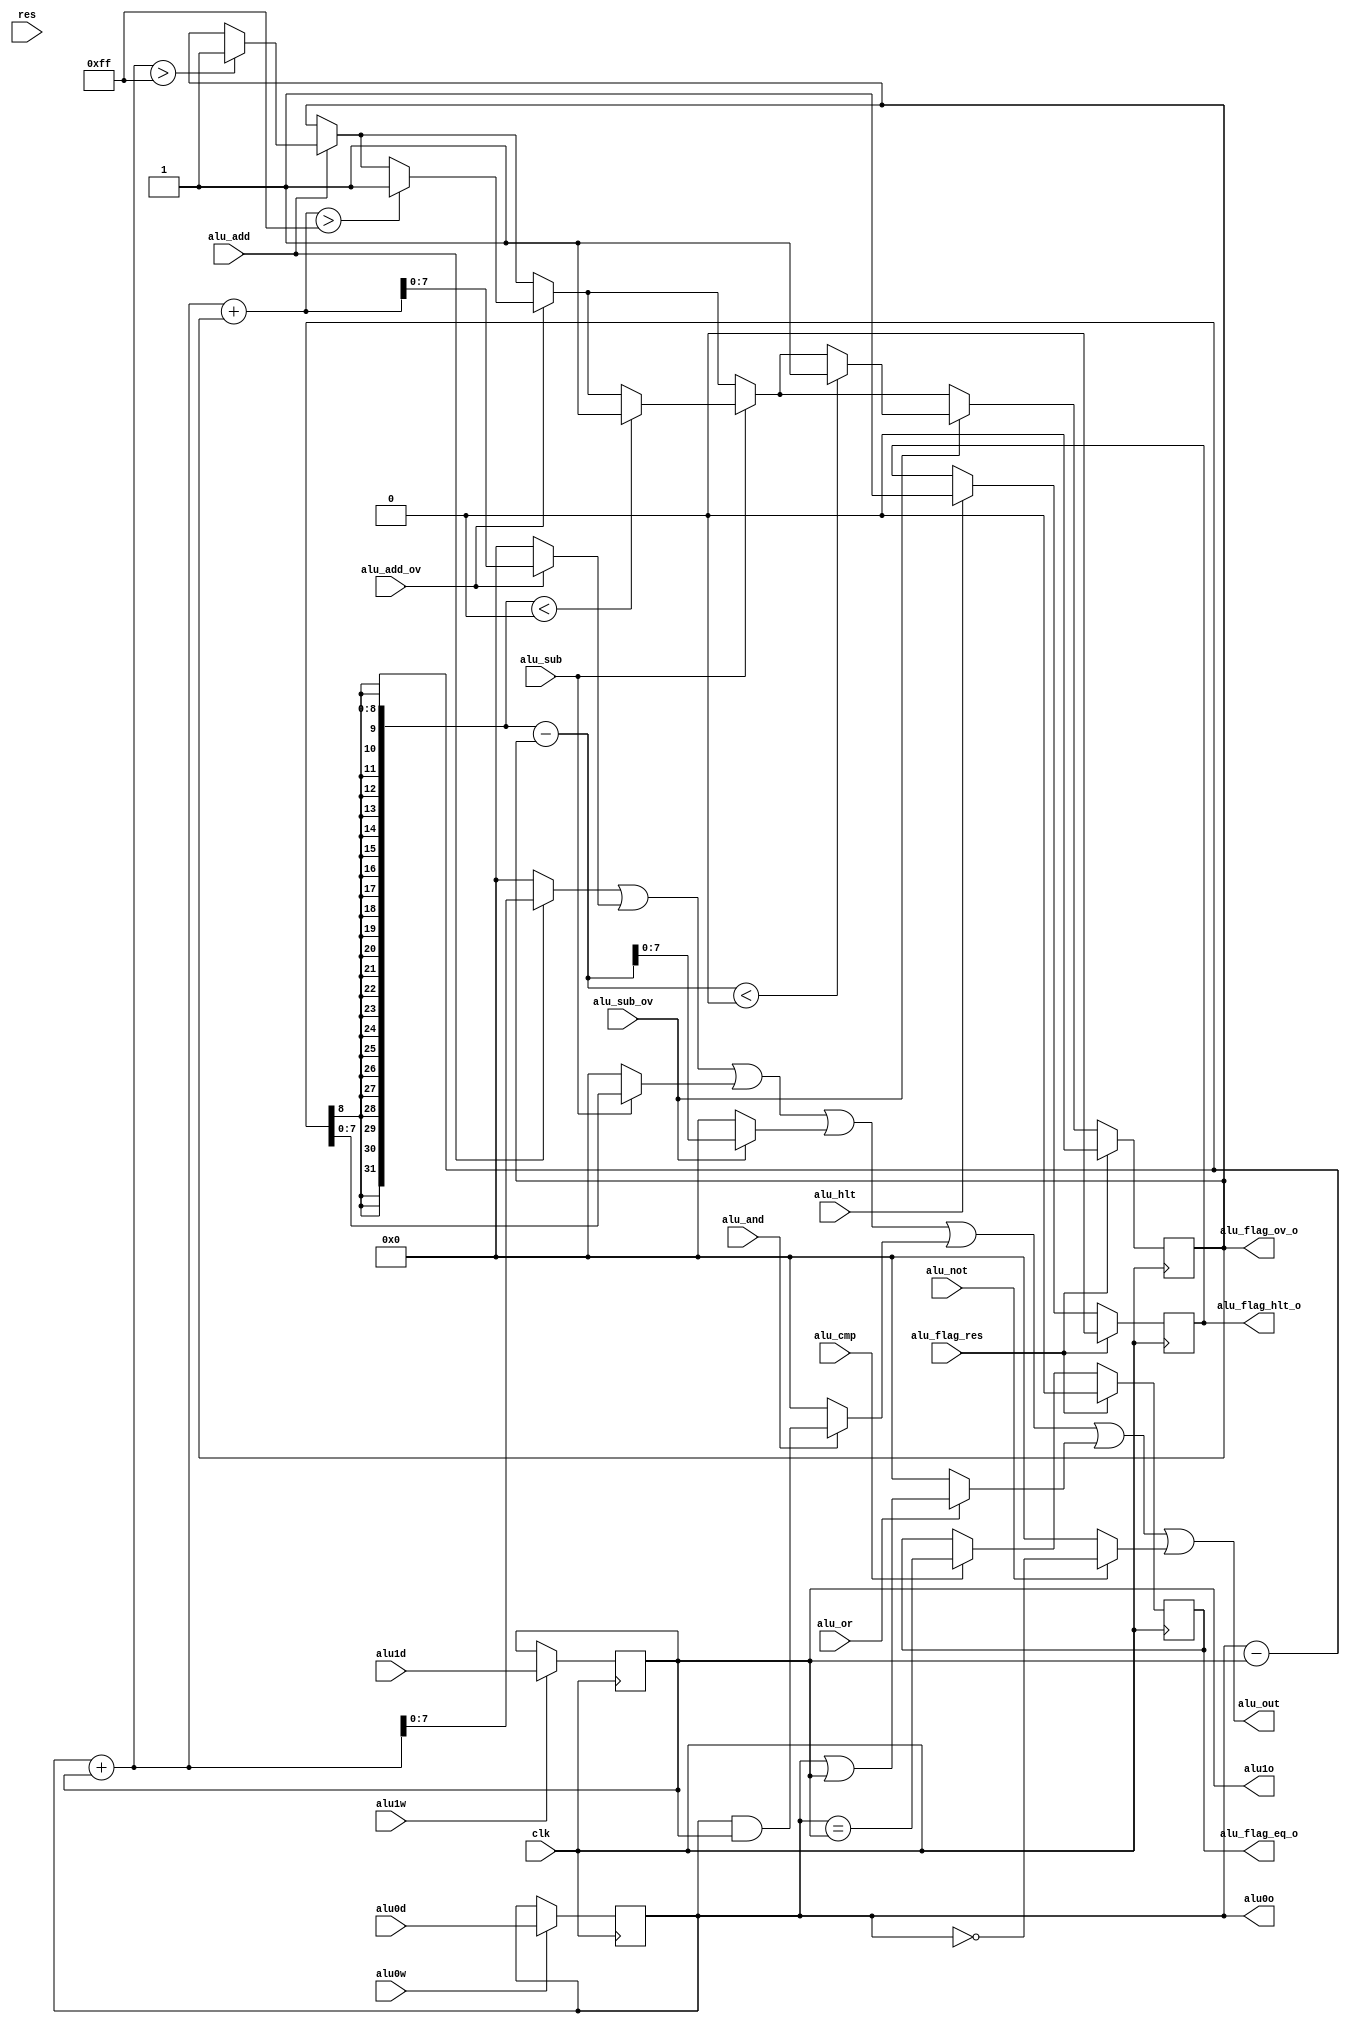
// This program was cloned from: https://github.com/marceldobehere/goofy-cpu-verilog
// License: GNU Affero General Public License v3.0

module GoofyALU (
    input clk,
    input res,

    input alu0w,
    output [7:0] alu0o,
    input [7:0] alu0d,

    input alu1w,
    output [7:0] alu1o,
    input [7:0] alu1d,

    output alu_flag_ov_o,
    output alu_flag_eq_o,
    output alu_flag_hlt_o, 

    output [7:0] alu_out,

    input alu_add,
    input alu_add_ov,
    input alu_sub,
    input alu_sub_ov,
    input alu_and,
    input alu_or,
    input alu_not,
    input alu_cmp,
    input alu_hlt,
    input alu_flag_res
);
    reg [7:0] alu0 = 0;
    reg [7:0] alu1  = 0;
    reg [8:0] alu_temp  = 0;

    reg alu_flag_ov  = 0;
    reg alu_flag_eq  = 0;
    reg alu_flag_hlt = 0;

    assign alu0o = alu0;
    assign alu1o = alu1;

    assign alu_flag_ov_o  = alu_flag_ov;
    assign alu_flag_eq_o  = alu_flag_eq;
    assign alu_flag_hlt_o = alu_flag_hlt;

    initial begin
        alu0 = 0;
        alu1 = 0;
        alu_temp = 0;
        alu_flag_ov = 0;
        alu_flag_eq = 0;
        alu_flag_hlt = 0;
    end

    always @(posedge clk) begin
        if (alu0w) begin
            alu0 <= alu0d;
            $display("ALU> Setting alu0 to %h", alu0d);
        end
        if (alu1w) begin
            alu1 <= alu1d;
            $display("ALU> Setting alu1 to %h", alu1d);
        end
    end

    assign alu_out = (
        (alu_add ? (alu0 + alu1) : 0) |
        (alu_add_ov ? (alu0 + alu1 + alu_flag_ov) : 0) |
        (alu_sub ? (alu0 - alu1) : 0) |
        (alu_sub_ov ? (alu0 - alu1 - alu_flag_ov) : 0) |
        (alu_and ? (alu0 & alu1) : 0) |
        (alu_or ? (alu0 | alu1) : 0) |
        (alu_not ? (~alu0) : 0)
    );

    always @(negedge clk) begin
        if (alu_add) begin
            // will perform an 8 bit add and set the overflow flag if the result is greater than 255
            if (alu0 + alu1 > 255) begin
                alu_flag_ov <= 1;
            end
            //alu_out <= alu0 + alu1;
            $display("ALU> Performing add %h + %h = %h", alu0, alu1, alu0 + alu1);
        end
        if (alu_add_ov) begin
            // will perform an 8 bit add and add 1 to the result if the overflow flag is set and set the overflow flag if the result is greater than 255
            if (alu0 + alu1 + alu_flag_ov > 255) begin
                alu_flag_ov <= 1;
            end
            //alu_out <= alu0 + alu1 + alu_flag_ov;
            $display("ALU> Performing add_ov %h + %h = %h", alu0, alu1, alu0 + alu1 + alu_flag_ov);
        end
        if (alu_sub) begin
            // will perform an 8 bit sub and set the overflow flag if the result is less than 0
            if (alu0 - alu1 < 0) begin
                alu_flag_ov <= 1;
            end
            //alu_out <= alu0 - alu1;
            $display("ALU> Performing sub %h - %h = %h", alu0, alu1, alu0 - alu1);
        end
        if (alu_sub_ov) begin
            // will perform an 8 bit sub and subtract 1 from the result if the overflow flag is set and set the overflow flag if the result is less than 0
            if (alu0 - alu1 - alu_flag_ov < 0) begin
                alu_flag_ov <= 1;
            end
            //alu_out <= alu0 - alu1 - alu_flag_ov;
            $display("ALU> Performing sub_ov %h - %h = %h", alu0, alu1, alu0 - alu1 - alu_flag_ov);
        end
        if (alu_and) begin
            //alu_out <= alu0 & alu1;
            $display("ALU> Performing and %h & %h = %h", alu0, alu1, alu0 & alu1);
        end
        if (alu_or) begin
            //alu_out <= alu0 | alu1;
            $display("ALU> Performing or %h | %h = %h", alu0, alu1, alu0 | alu1);
        end
        if (alu_not) begin
            //alu_out <= ~alu0;
            $display("ALU> Performing not ~%h = %h", alu0, ~alu0);
        end
        if (alu_cmp) begin
            alu_flag_eq <= alu0 == alu1;
            $display("ALU> Performing cmp %h == %h = %h", alu0, alu1, alu0 == alu1);
        end
        if (alu_hlt) begin
            alu_flag_hlt <= 1;
            $display("ALU> Performing hlt");
        end
        if (alu_flag_res) begin
            alu_flag_ov <= 0;
            alu_flag_eq <= 0;
            alu_flag_hlt <= 0;
            $display("ALU> Resetting flags");
        end
    end

endmodule